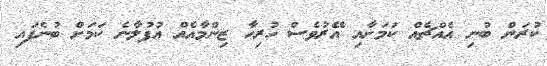
ކުރަން ބުނި އެއްޗެއް ކަމަށާއި އޭރުވެސް ހުރިހާ ޒިންމާއެއް އުފުލާނެ ކަމަށް ބުނެފައި